Annual administration report of the Civil Veterinary Department, Sind - 1938-1939
Year: 1938
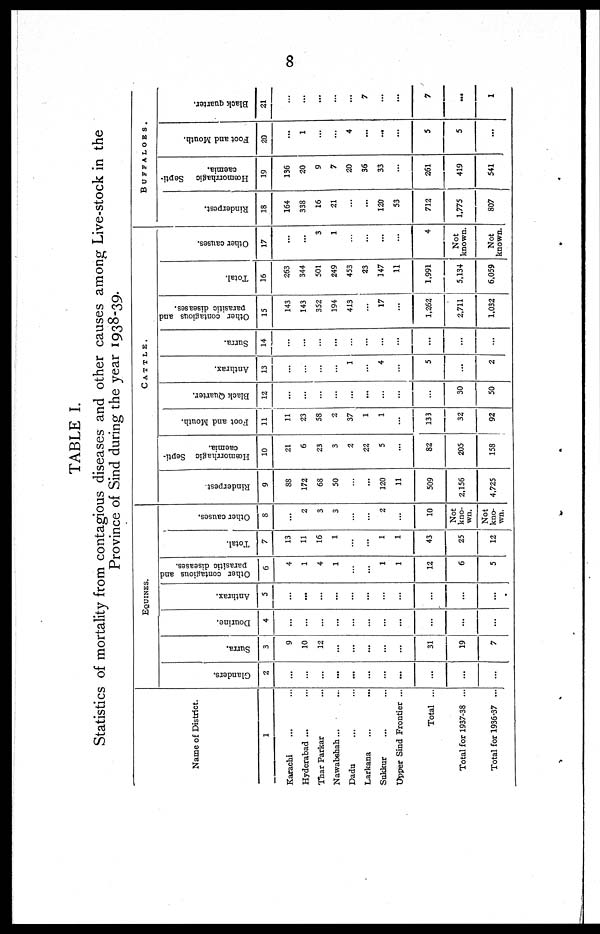
8
TABLE I.
Statistics of mortality from contagious diseases and other causes among Live-stock in the
Province of Sind during the year 1938-39.
Name of District.
1
Karachi ... ...
Hyderabad ... ...
Thar Parkar ...
Nawabshah ... ...
Dadu ... ...
Larkana ... ...
Sukkur ... ...
Upper Sind Frontier ...
Total ...
Total for 1937-38 ...
Total for 1936-37 ...
EQUINES.
Glanders.
2
...
...
...
...
...
...
...
...
...
...
...
Surra.
3
9
10
12
...
...
...
...
31
19
7
Dourine.
4
...
...
...
...
...
...
...
...
...
...
...
Anthrax.
5
...
...
...
...
...
...
...
...
...
...
...
Other contagious and
parasitic diseases.
6
4
1
4
1
...
...
1
1
12
6
5
Total.
7
13
11
16
1
...
...
1
1
43
25
12
Other causes.
8
...
2
3
3
...
...
2
...
10
Not
kno-
wn.
---
kno-
wn.
CATTLE.
Rinderpest.
9
88
172
68
50
...
...
120
11
509
2.156
4,725
Hæmorrhagic Septi-
caemia.
10
21
6
23
3
2
22
5
...
82
205
158
Foot and Mouth.
11
11
23
58
2
37
1
1
...
133
32
92
Black Quarter.
12
...
...
...
...
...
...
...
...
30
50
Anthrax.
13
...
...
...
...
1
...
4
...
5
...
2
Surra.
14
...
...
...
...
...
...
...
...
...
...
...
Other contagious and
parasitic diseases.
15
143
143
352
194
413
...
17
...
1,262
2,711
1,032
Total.
16
263
344
501
249
453
23
147
11
1,991
5,134
6,059
Other causes.
17
...
...
3
1
...
...
...
...
4
Not
known.
Not
known.
BUFFALOES.
Rinderpest.
18
164
338
16
21
...
...
120
53
712
1,775
807
Hœmorrhagic Septi-
caemia.
19
136
20
9
7
20
36
33
...
261
419
541
Foot and Mouth.
20
...
1
...
...
4
...
...
...
5
5
...
Black quarter.
21
...
...
...
...
...
7
...
...
7
...
1